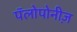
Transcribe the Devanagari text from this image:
पॅलोपोनीज़